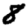
Digit: 8